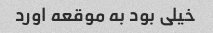
خیلی بود به موقعه اورد